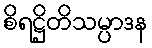
စိရဋ္ဌိတိသမ္ပာဒန